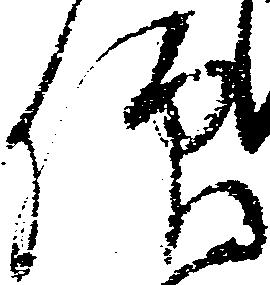
仰